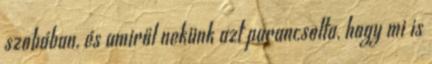
szobában, és amiről nekünk azt parancsolta, hogy mi is